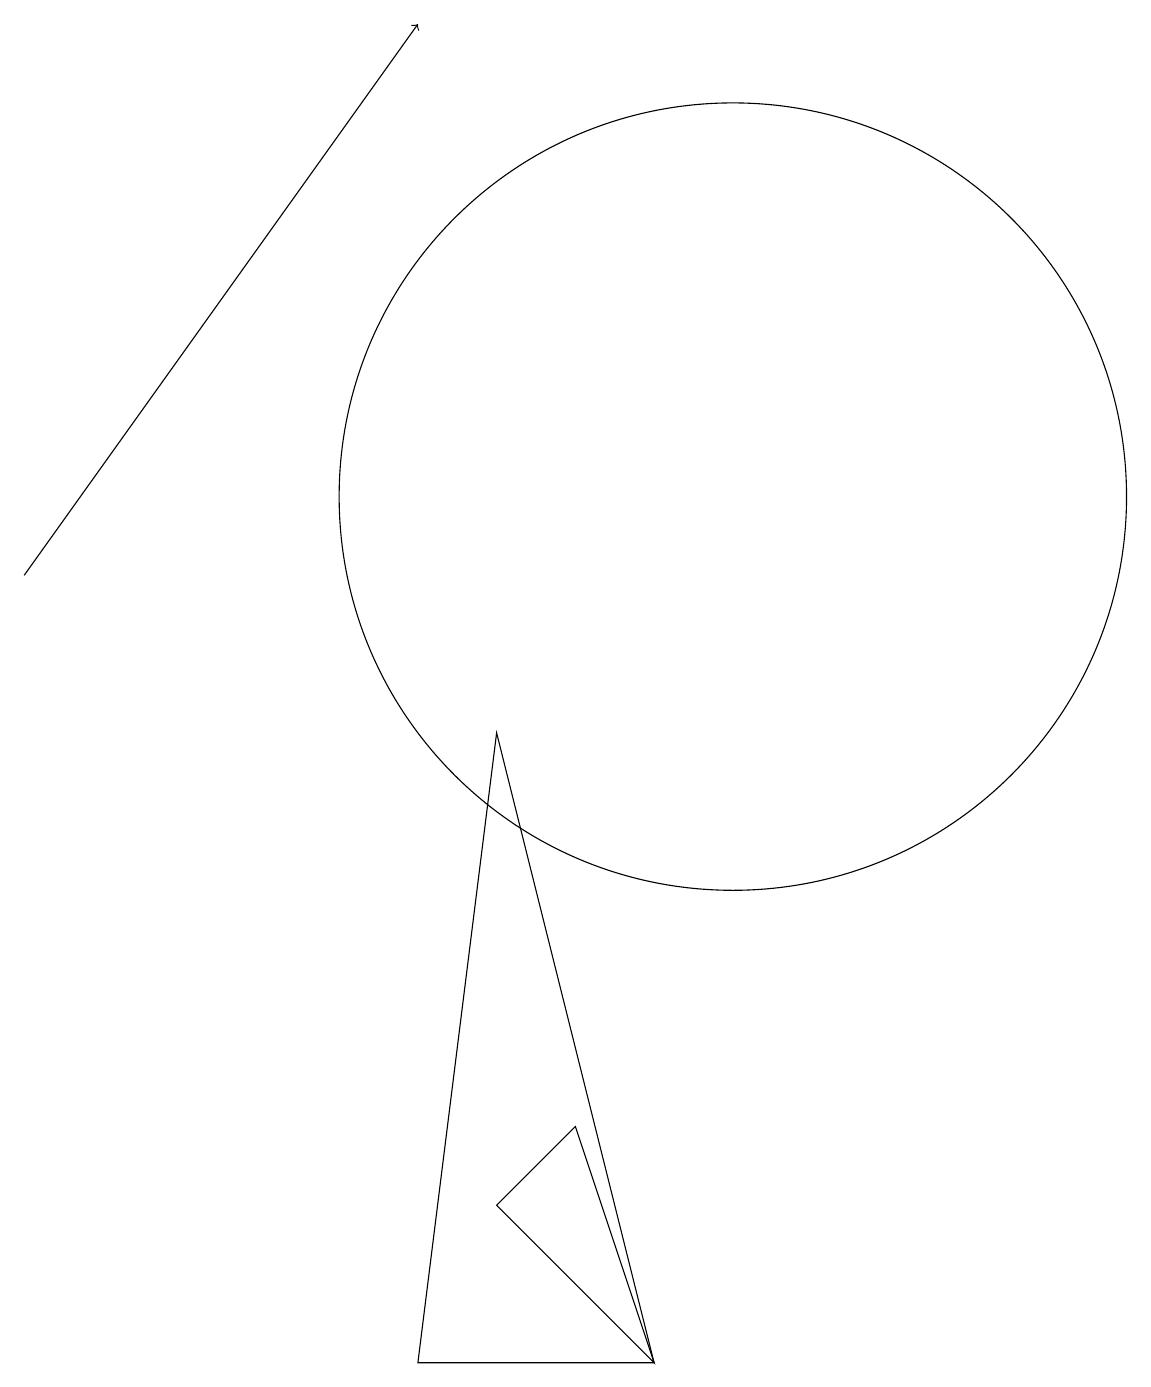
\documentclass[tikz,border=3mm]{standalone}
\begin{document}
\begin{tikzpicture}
\draw (10,11) circle (5);
\draw[->] (1,10) -- (6,17);
\draw (6,0) -- (7,8) -- (9,0) -- cycle;
\draw (7,2) -- (8,3) -- (9,0) -- cycle;
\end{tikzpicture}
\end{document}